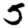
Digit: 5